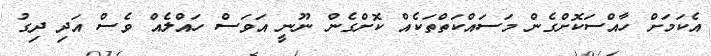
އެކަމަށް ހާއްސަކޮށްގެން މަސައްކަތްތަކެއް ކޮށްގެން ނޫނީ އަވަސް ހައްލެއް ވެސް އަދި ދިގު